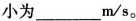
小为____m/s。